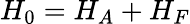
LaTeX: H_{0}=H_{A}+H_{F}